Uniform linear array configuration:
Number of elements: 32
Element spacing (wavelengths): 0.75
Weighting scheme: hann
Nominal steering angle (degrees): -60
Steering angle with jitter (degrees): -58.661
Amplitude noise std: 0.05
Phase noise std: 0.05

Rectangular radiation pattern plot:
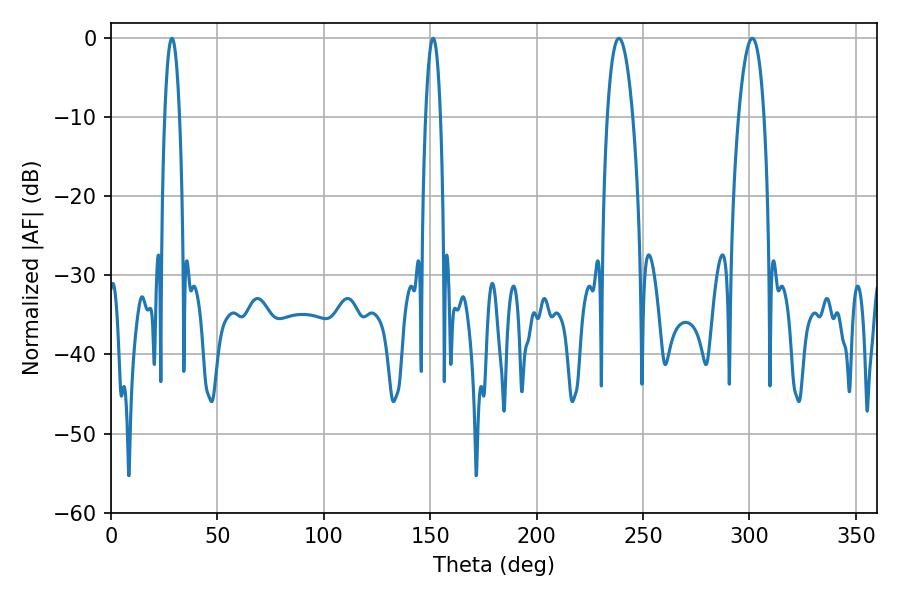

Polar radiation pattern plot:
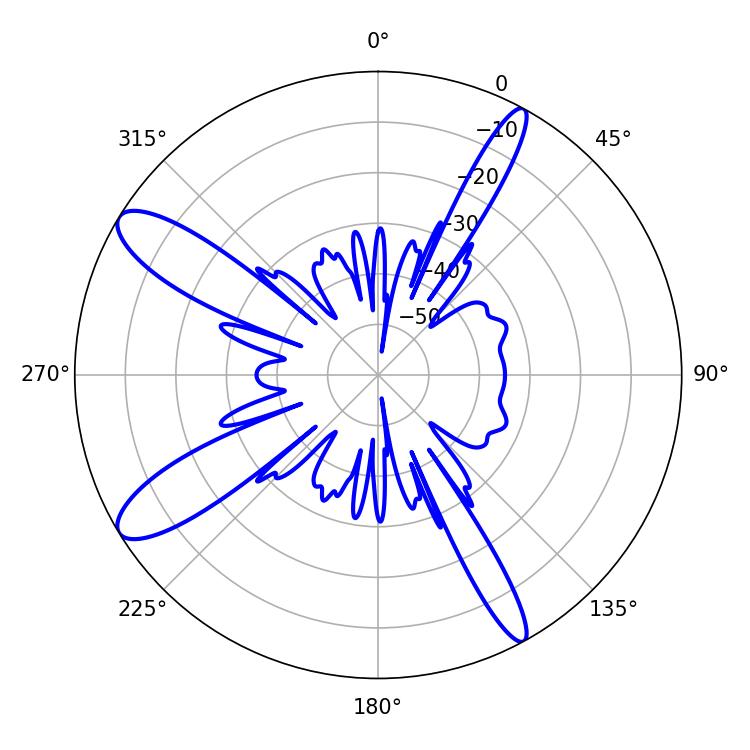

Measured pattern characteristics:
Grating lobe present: TRUE
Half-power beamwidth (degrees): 6.66
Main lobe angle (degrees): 238.68